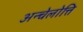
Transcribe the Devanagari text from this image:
अन्चेलोत्ति